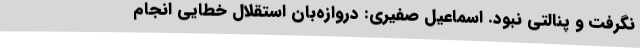
نگرفت و پنالتی نبود. اسماعیل صفیری: دروازه‌بان استقلال خطایی انجام